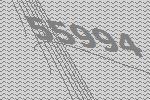
55994